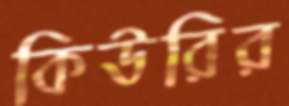
কিউরির